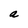
Character: a